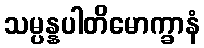
သမ္ပန္နပါတိမောက္ခာနံ